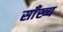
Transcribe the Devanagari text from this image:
साँख्य